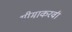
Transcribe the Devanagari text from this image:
भीमाकरवी